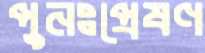
পুনঃপ্রেষণ